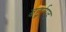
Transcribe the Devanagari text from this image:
बर्ट्राण्ड